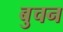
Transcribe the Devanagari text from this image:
बुचन